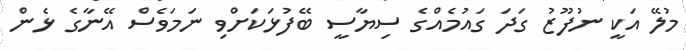
މުލޭ އަކީ ނުފޫޒު ގަދަ ގައުމެއްގެ ސިޔާސީ ބޭފުޅަކަށްވި ނަމަވެސް އޭނާގެ ޅެން